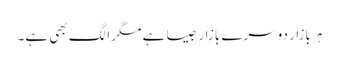
ہر بازار دوسرے بازار جیسا ہے مگر الگ بھی ہے۔